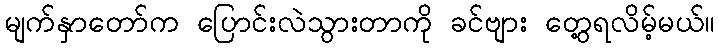
မျက်နှာတော်က ပြောင်းလဲသွားတာကို ခင်ဗျား တွေ့ရလိမ့်မယ်။